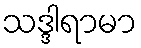
သဒ္ဒါရာမာ